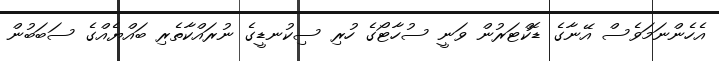
އެހެންނަމަވެސް އޭނާގެ ޑޮކްޓަރުން ވަނީ ސުހާޓޯގެ ހުރި ސިކުނޑީގެ ނުރައްކާތެރި ބައްޔެއްގެ ސަބަބުން